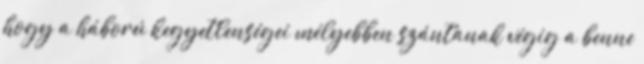
hogy a háború kegyetlenségei mélyebben szántanak végig a benne